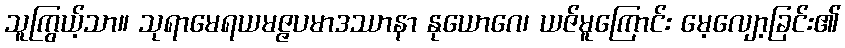
သူကြွယ့်သာ။ သုရာမေရယမဇ္ဇပမာဒဿာနာ နုယောဂေ၊ ယဇ်မူကြောင်း မေ့လျော့ခြင်း၏